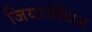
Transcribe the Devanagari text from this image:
जियाजैंथिन